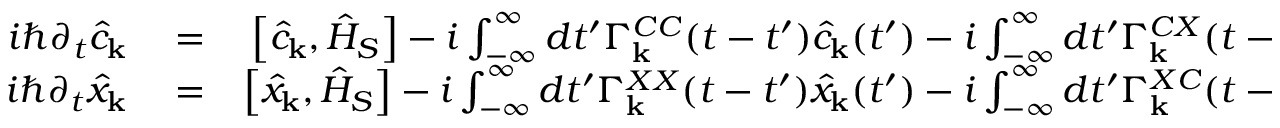
\begin{array} { r l r } { i \hbar \partial _ { t } \hat { c } _ { \bf k } } & { { } = } & { \left[ \hat { c } _ { \bf k } , \hat { H } _ { S } \right] - i \int _ { - \infty } ^ { \infty } d t ^ { \prime } \Gamma _ { \bf k } ^ { C C } ( t - t ^ { \prime } ) \hat { c } _ { \bf k } ( t ^ { \prime } ) - i \int _ { - \infty } ^ { \infty } d t ^ { \prime } \Gamma _ { \bf k } ^ { C X } ( t - t ^ { \prime } ) \hat { x } _ { \bf k } ( t ^ { \prime } ) + \hat { F } _ { \bf k } ^ { C } ( t ) , } \\ { i \hbar \partial _ { t } \hat { x } _ { \bf k } } & { { } = } & { \left[ \hat { x } _ { \bf k } , \hat { H } _ { S } \right] - i \int _ { - \infty } ^ { \infty } d t ^ { \prime } \Gamma _ { \bf k } ^ { X X } ( t - t ^ { \prime } ) \hat { x } _ { \bf k } ( t ^ { \prime } ) - i \int _ { - \infty } ^ { \infty } d t ^ { \prime } \Gamma _ { \bf k } ^ { X C } ( t - t ^ { \prime } ) \hat { c } _ { \bf k } ( t ^ { \prime } ) + \hat { F } _ { \bf k } ^ { X } ( t ) . } \end{array}